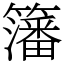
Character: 籓